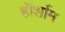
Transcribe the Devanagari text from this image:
हॉर्शाम